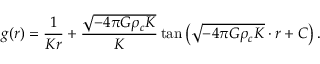
g ( r ) = \frac { 1 } { K r } + \frac { \sqrt { - 4 \pi G \rho _ { c } K } } { K } \tan \left( \sqrt { - 4 \pi G \rho _ { c } K } \cdot r + C \right) .